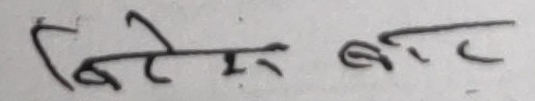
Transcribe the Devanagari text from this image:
विशेषबाट